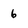
Character: 6